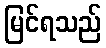
မြင်ရသည်